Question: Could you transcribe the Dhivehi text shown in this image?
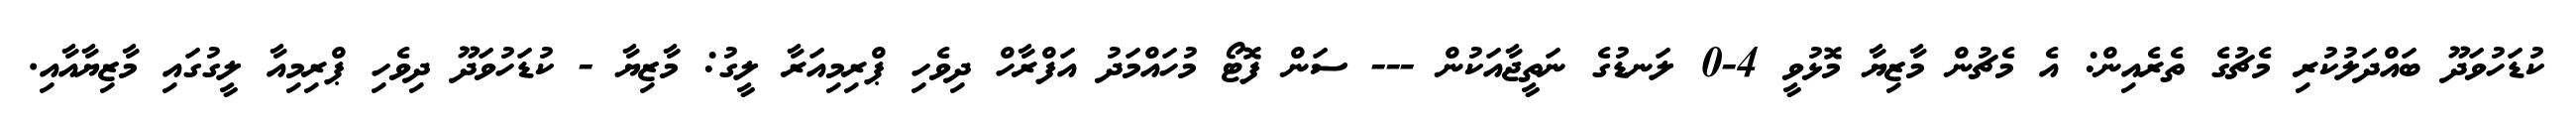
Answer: ކުޑަހުވަދޫ ބައްދަލުކުރި މެޗުގެ ތެރެއިން: އެ މެޗުން މާޒިޔާ މޮޅުވީ 4-0 ލަނޑުގެ ނަތީޖާއަކުން --- ސަން ފޮޓޯ މުހައްމަދު އަފްރާހް ދިވެހި ޕްރިމިއަރާ ލީގު: މާޒިޔާ - ކުޑަހުވަދޫ ދިވެހި ޕްރިމިއާ ލީގުގައި މާޒިޔާއާއި.